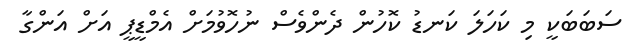
ސަބަބަކީ މި ކަހަލަ ކަނޑު ކޮހުން ދެންވެސް ނުހޮވުމަށް އެމްޑީޕީ އަށް އަންގާ